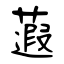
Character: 蕸